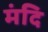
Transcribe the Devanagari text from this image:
मंदि